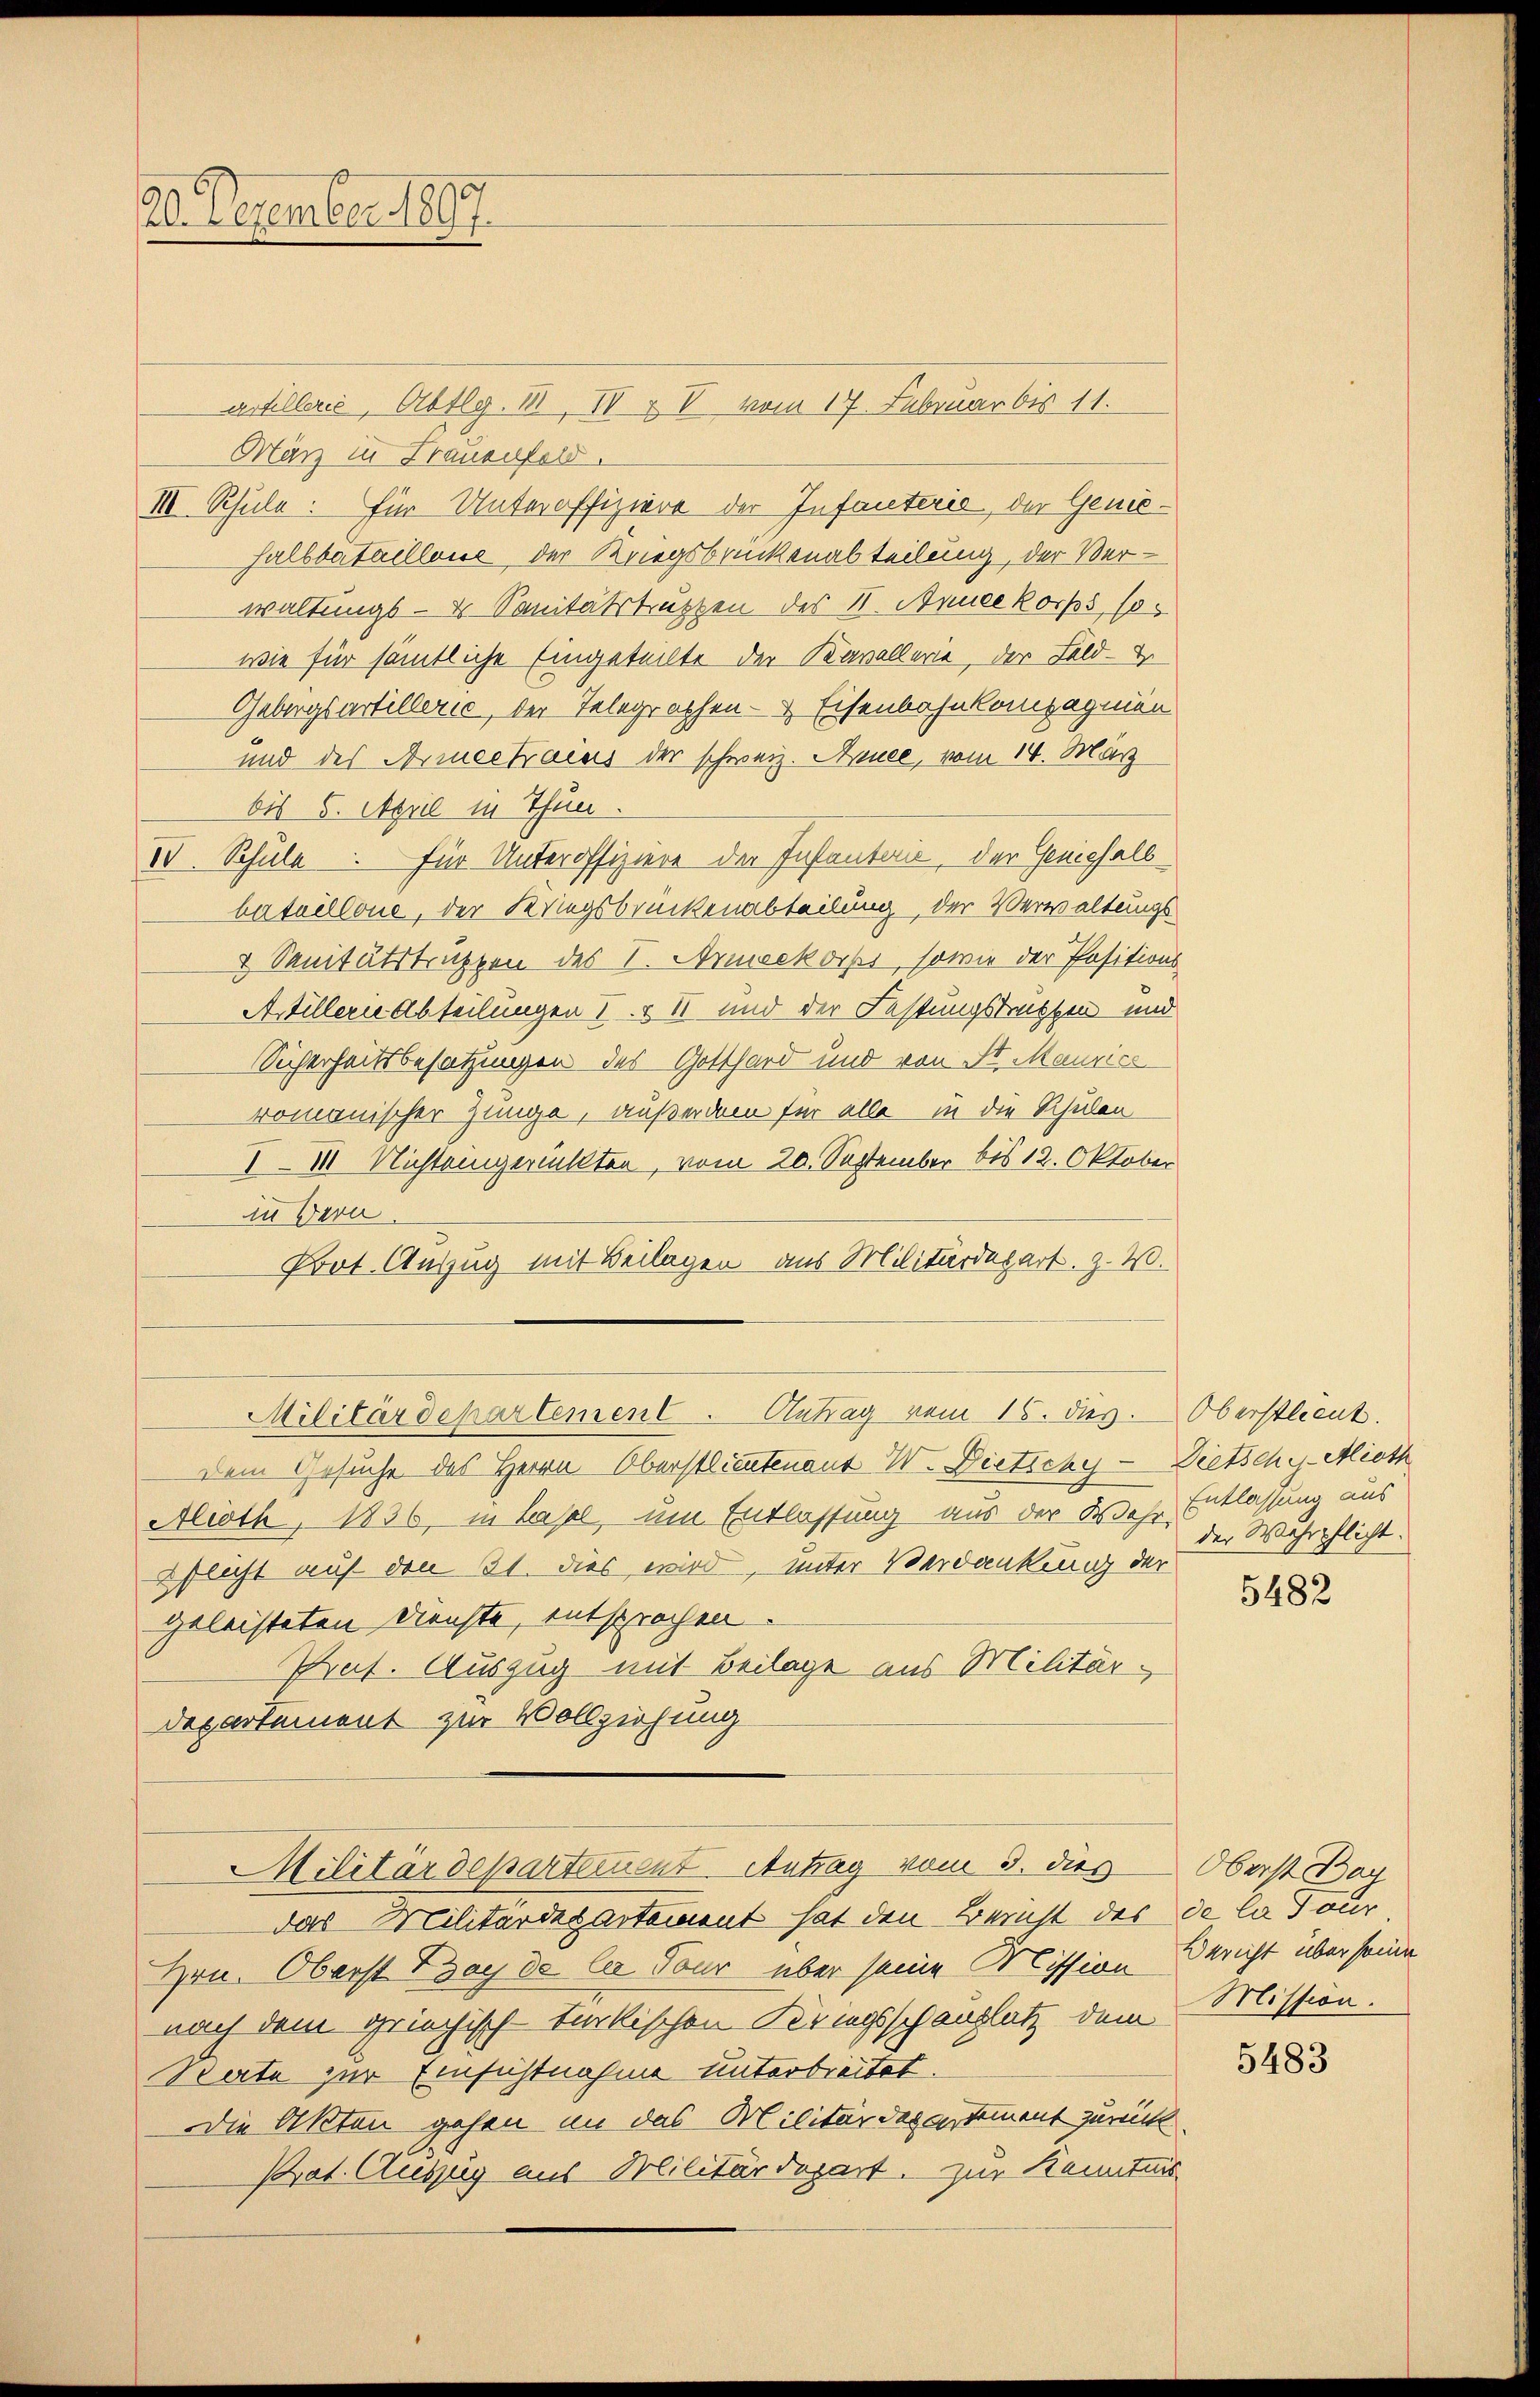
20. Dezember 1897.

III. Schule: Für Unteroffiziere der Infanterie, der Gene¬

Militärdepartement. Antrag vom 15. dies

Artillerie, Abtlg. II, IV u V vom 17. Februar bis 11.
März in Frauenfeld.
Halbbataillone der Kriegsbrückenabteilung, der Verwaltungs - er Sanitätstruzzen des I. Anueekorps, so
wie für sämtliche Eingeteilte der Kavallerie, der Feld- &
Gebirgsartillerie, der Telegraphen- & Eisenbahnkompagnien
und des Armeetrains der schweiz. Heuce, vom 14. März
bis 5. April in Thun.
IV. Schule für Unteroffiziere der Instantair, der Genichall
bataillone, der Kriegsbrückenabteilung der Verwaltungs
 Sanitätstrakten des V. Armeekoiss, sowie der Positions
Astillern Abteilungen I. & II und der Festungstratten und
Sicherheitsbesatzungen des Gotthard und von St. Maurice
romanischer Zunge, außerdem für alle in die Schulen
I—III. Nichteingerückten, vom 20. September bis 12. Oktober
in Bern.
Prot. Auszug mit Beilagen aus Militärdepart. Z. W.

Dem Gesuche des Herrn Oberstlieutenant I. Dietichy - Dietschy-Alioth
Alioth, 1836, in Hasel, um Entlassung aus der Wehr Entlassung aus
pflicht auf den 31. dies wird, unter Verdankung der
geleisteten Deuchte, entsprochen.
Praf. Auszug mit Beilage aus Militärdepartement zur Vollziehung
Militärdepartement Antrag vom 3. dies
das Militärdepartement hat den Bericht des de la Tour
Hrn. Oberst Bey de la Tour über seine Mission Bericht über seine
nach dem griechisch-türkischen Kriegsschenplatz dem
State zur Einsichtnahme unterbreitet.
Die Akten gehen an das Militärdepartement zurück
Prat. Auszug aus Militärdepart, zur Kenntnis

Oberstlieut.
der Wehrpflicht.

5482

Oberst Boy
Mission.

5483